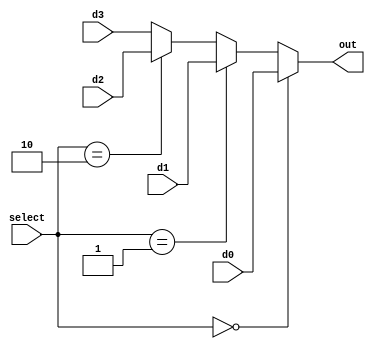
`timescale 1ns / 1ps
//////////////////////////////////////////////////////////////////////////////////
// Company: 
// Engineer: 
// 
// Design Name: 
// Module Name:    mux4to1 
// Project Name: 
// Target Devices: 
// Tool versions: 
// Description: 
//
// Dependencies: 
//
// Revision: 
// Revision 0.01 - File Created
// Additional Comments: 
//
//////////////////////////////////////////////////////////////////////////////////
module mux4to1(
    input [31:0] d0,
    input [31:0] d1,
    input [31:0] d2,
    input [31:0] d3,
    input [1:0] select,
    output reg [31:0] out
    );

	always @(*) begin
		if(select==2'b00)
			out=d0;
		else if(select==2'b01)
			out=d1;
		else if(select==2'b10)
			out=d2;
		else
			out=d3;
	end

endmodule